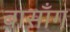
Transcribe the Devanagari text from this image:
बासाँग